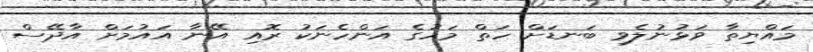
މައްޔިތާ ވަޅުނުލެވި ބަނޑަށް ހަތް މަހުގެ އަންހެނަކު ރޮއި އޭނާ އައުމަށް އާދޭސް